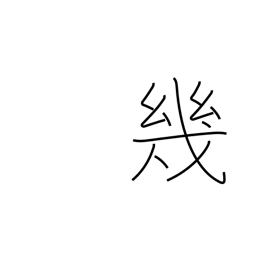
Meaning: several